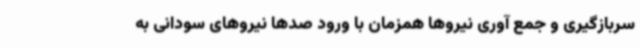
سربازگیری و جمع آوری نیروها همزمان با ورود صدها نیروهای سودانی به